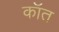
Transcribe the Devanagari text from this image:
कॉत